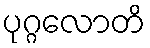
ပုဂ္ဂလောတိ